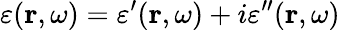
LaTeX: \varepsilon(\mathbf{r},\omega)=\varepsilon^{\prime}(\mathbf{r},\omega)+i\varepsilon^{\prime\prime}(\mathbf{r},\omega)